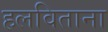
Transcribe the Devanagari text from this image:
हलविताना